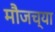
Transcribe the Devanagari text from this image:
मौजच्या